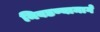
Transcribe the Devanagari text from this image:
निवडण्यामागे